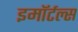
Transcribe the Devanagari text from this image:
इमॉर्टल्स